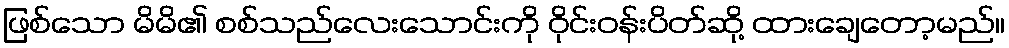
ဖြစ်သော မိမိ၏ စစ်သည်လေးသောင်းကို ဝိုင်းဝန်းပိတ်ဆို့ ထားချေတော့မည်။